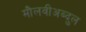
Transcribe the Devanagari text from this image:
मौलवीअब्दुल